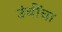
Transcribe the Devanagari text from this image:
उंचींचा